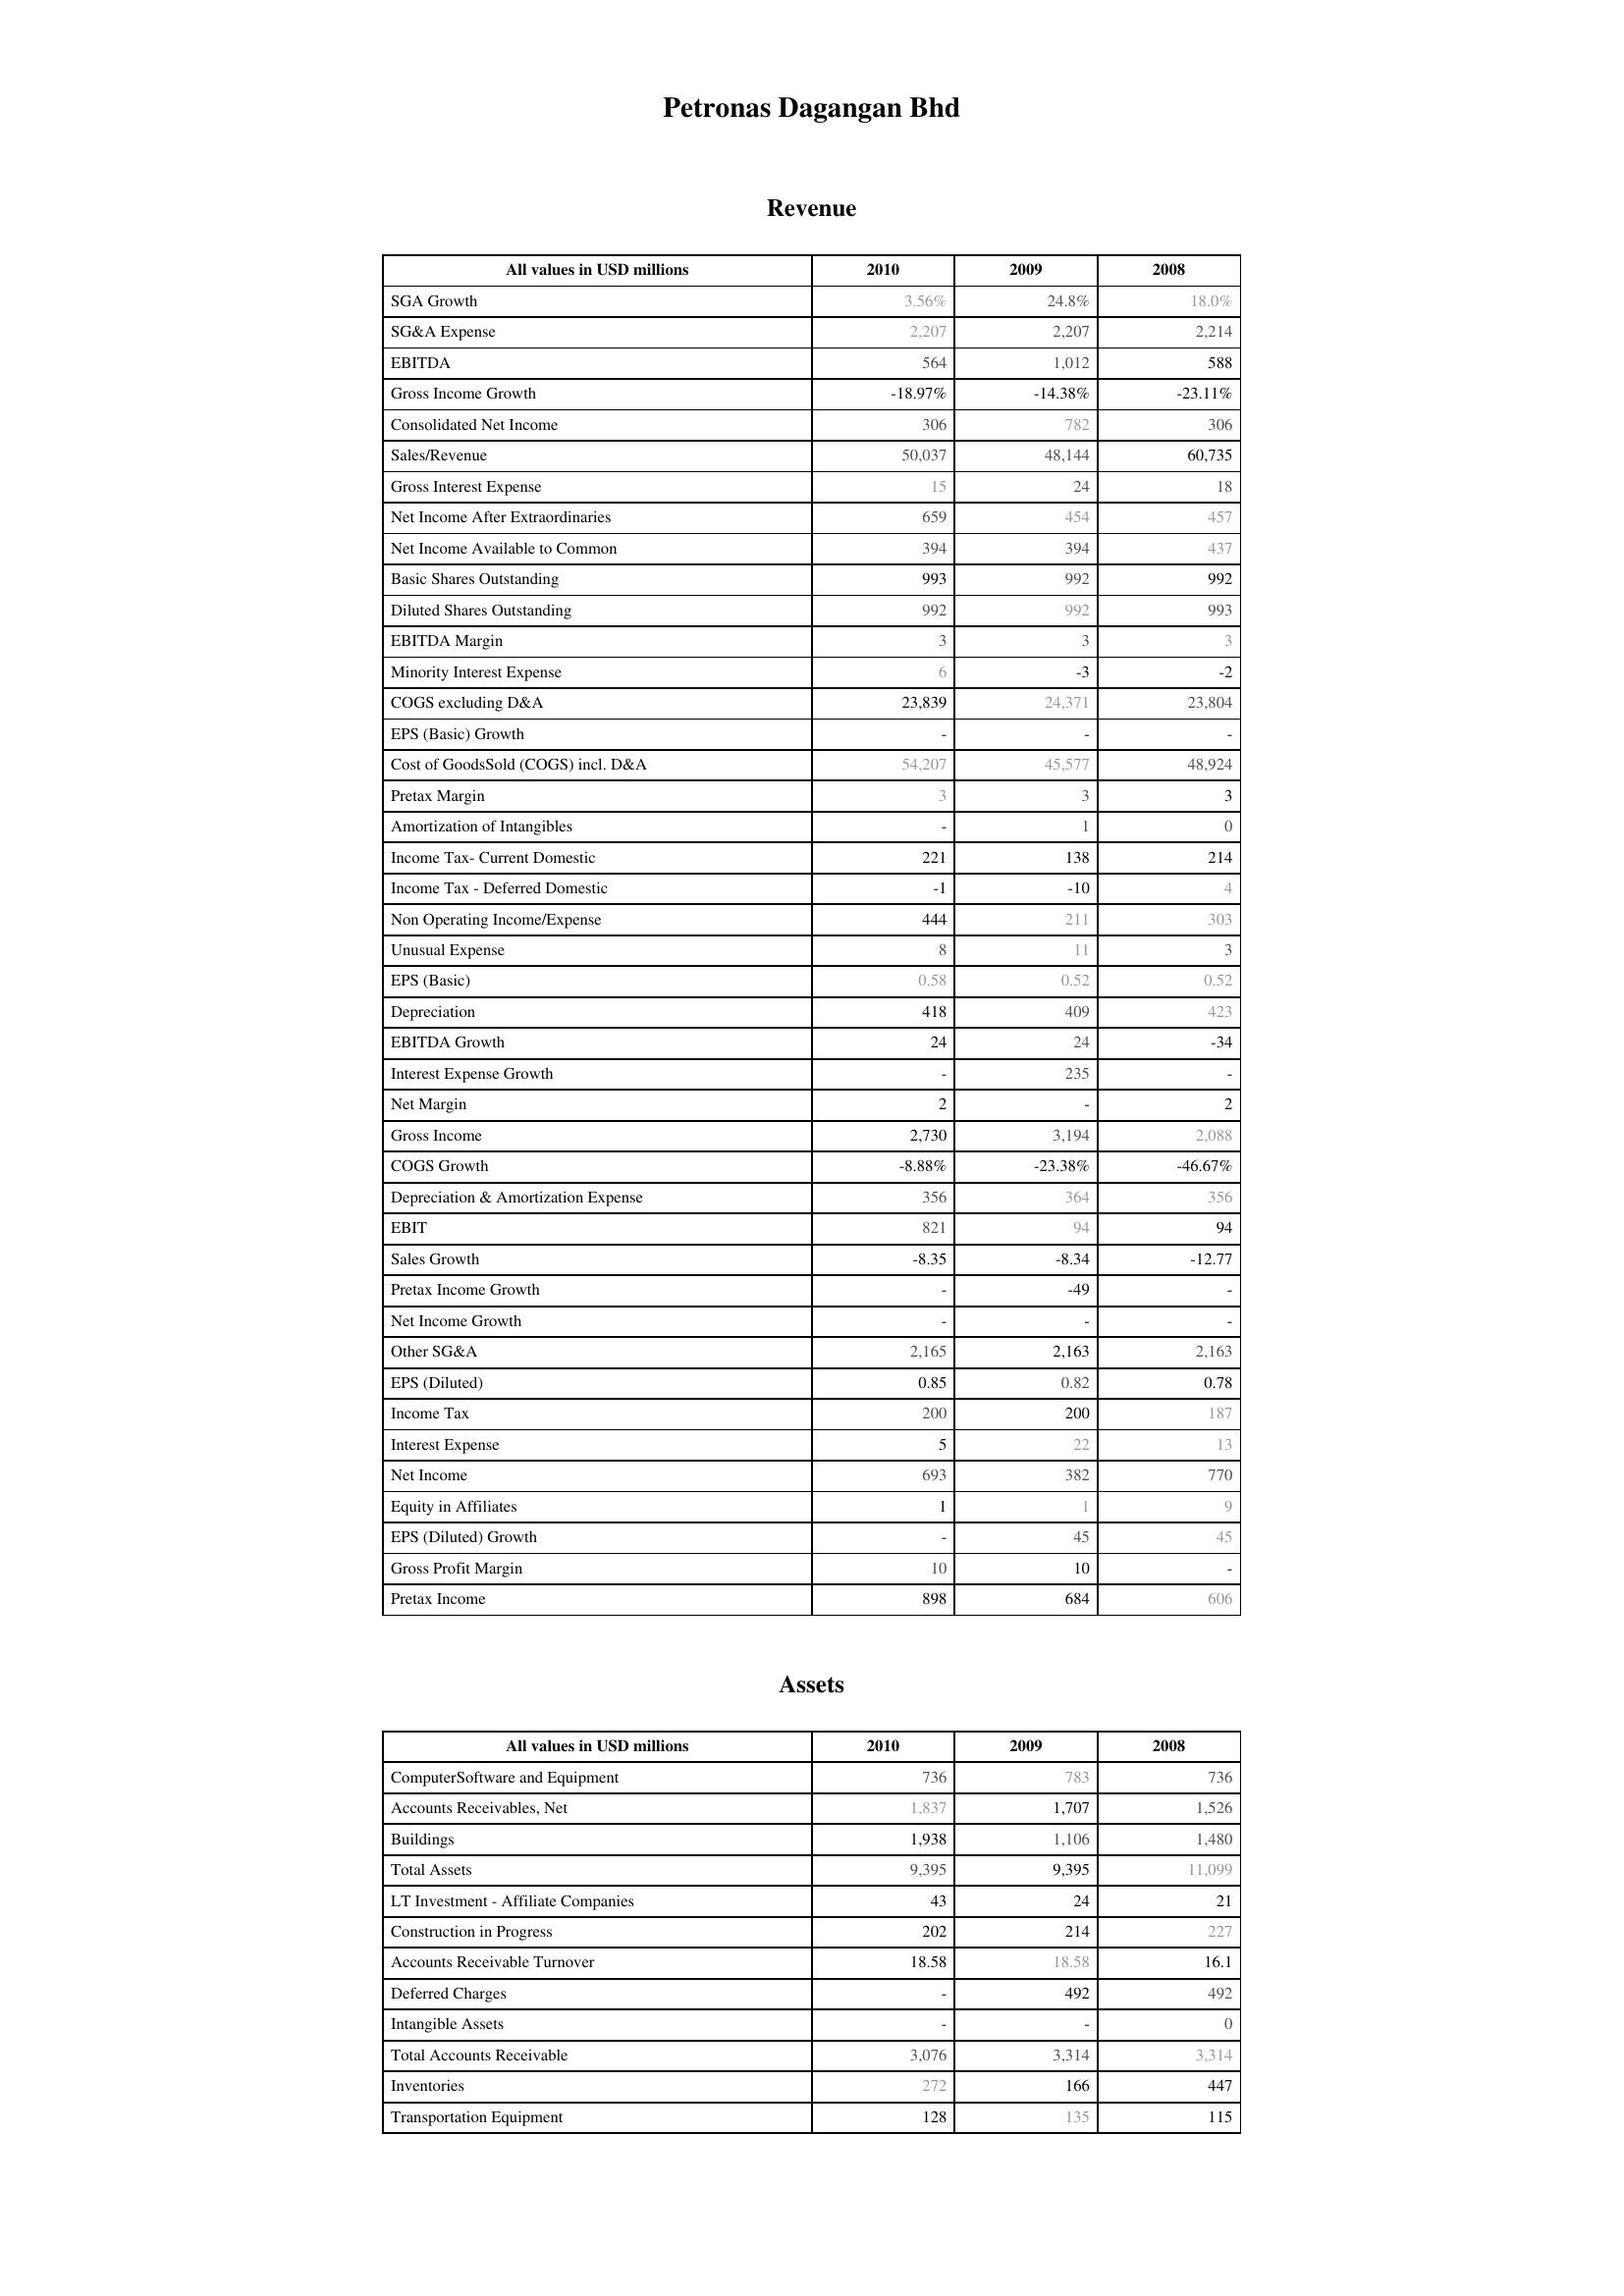
2010: Revenue: SGA Growth: 3.56%
SG&A Expense: 2,207
EBITDA: 564
Gross Income Growth: -18.97%
Consolidated Net Income: 306
Sales/Revenue: 50,037
Gross Interest Expense: 15
Net Income After Extraordinaries: 659
Net Income Available to Common: 394
Basic Shares Outstanding: 993
Diluted Shares Outstanding: 992
EBITDA Margin: 3
Minority Interest Expense: 6
COGS excluding D&A: 23,839
EPS (Basic) Growth: -
Cost of GoodsSold (COGS) incl. D&A: 54,207
Pretax Margin: 3
Amortization of Intangibles: -
Income Tax- Current Domestic: 221
Income Tax - Deferred Domestic: -1
Non Operating Income/Expense: 444
Unusual Expense: 8
EPS (Basic): 0.58
Depreciation: 418
EBITDA Growth: 24
Interest Expense Growth: -
Net Margin: 2
Gross Income: 2,730
COGS Growth: -8.88%
Depreciation & Amortization Expense: 356
EBIT: 821
Sales Growth: -8.35
Pretax Income Growth: -
Net Income Growth: -
Other SG&A: 2,165
EPS (Diluted): 0.85
Income Tax: 200
Interest Expense: 5
Net Income: 693
Equity in Affiliates: 1
EPS (Diluted) Growth: -
Gross Profit Margin: 10
Pretax Income: 898
Assets: ComputerSoftware and Equipment: 736
Accounts Receivables, Net: 1,837
Buildings: 1,938
Total Assets: 9,395
LT Investment - Affiliate Companies: 43
Construction in Progress: 202
Accounts Receivable Turnover: 18.58
Deferred Charges: -
Intangible Assets: -
Total Accounts Receivable: 3,076
Inventories: 272
Transportation Equipment: 128
2009: Revenue: SGA Growth: 24.8%
SG&A Expense: 2,207
EBITDA: 1,012
Gross Income Growth: -14.38%
Consolidated Net Income: 782
Sales/Revenue: 48,144
Gross Interest Expense: 24
Net Income After Extraordinaries: 454
Net Income Available to Common: 394
Basic Shares Outstanding: 992
Diluted Shares Outstanding: 992
EBITDA Margin: 3
Minority Interest Expense: -3
COGS excluding D&A: 24,371
EPS (Basic) Growth: -
Cost of GoodsSold (COGS) incl. D&A: 45,577
Pretax Margin: 3
Amortization of Intangibles: 1
Income Tax- Current Domestic: 138
Income Tax - Deferred Domestic: -10
Non Operating Income/Expense: 211
Unusual Expense: 11
EPS (Basic): 0.52
Depreciation: 409
EBITDA Growth: 24
Interest Expense Growth: 235
Net Margin: -
Gross Income: 3,194
COGS Growth: -23.38%
Depreciation & Amortization Expense: 364
EBIT: 94
Sales Growth: -8.34
Pretax Income Growth: -49
Net Income Growth: -
Other SG&A: 2,163
EPS (Diluted): 0.82
Income Tax: 200
Interest Expense: 22
Net Income: 382
Equity in Affiliates: 1
EPS (Diluted) Growth: 45
Gross Profit Margin: 10
Pretax Income: 684
Assets: ComputerSoftware and Equipment: 783
Accounts Receivables, Net: 1,707
Buildings: 1,106
Total Assets: 9,395
LT Investment - Affiliate Companies: 24
Construction in Progress: 214
Accounts Receivable Turnover: 18.58
Deferred Charges: 492
Intangible Assets: -
Total Accounts Receivable: 3,314
Inventories: 166
Transportation Equipment: 135
2008: Revenue: SGA Growth: 18.0%
SG&A Expense: 2,214
EBITDA: 588
Gross Income Growth: -23.11%
Consolidated Net Income: 306
Sales/Revenue: 60,735
Gross Interest Expense: 18
Net Income After Extraordinaries: 457
Net Income Available to Common: 437
Basic Shares Outstanding: 992
Diluted Shares Outstanding: 993
EBITDA Margin: 3
Minority Interest Expense: -2
COGS excluding D&A: 23,804
EPS (Basic) Growth: -
Cost of GoodsSold (COGS) incl. D&A: 48,924
Pretax Margin: 3
Amortization of Intangibles: 0
Income Tax- Current Domestic: 214
Income Tax - Deferred Domestic: 4
Non Operating Income/Expense: 303
Unusual Expense: 3
EPS (Basic): 0.52
Depreciation: 423
EBITDA Growth: -34
Interest Expense Growth: -
Net Margin: 2
Gross Income: 2,088
COGS Growth: -46.67%
Depreciation & Amortization Expense: 356
EBIT: 94
Sales Growth: -12.77
Pretax Income Growth: -
Net Income Growth: -
Other SG&A: 2,163
EPS (Diluted): 0.78
Income Tax: 187
Interest Expense: 13
Net Income: 770
Equity in Affiliates: 9
EPS (Diluted) Growth: 45
Gross Profit Margin: -
Pretax Income: 606
Assets: ComputerSoftware and Equipment: 736
Accounts Receivables, Net: 1,526
Buildings: 1,480
Total Assets: 11,099
LT Investment - Affiliate Companies: 21
Construction in Progress: 227
Accounts Receivable Turnover: 16.1
Deferred Charges: 492
Intangible Assets: 0
Total Accounts Receivable: 3,314
Inventories: 447
Transportation Equipment: 115